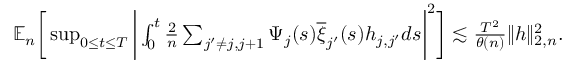
\begin{array} { r } { \mathbb { E } _ { n } \bigg [ \operatorname* { s u p } _ { 0 \le t \le T } \bigg | \int _ { 0 } ^ { t } \frac { 2 } { n } \sum _ { j ^ { \prime } \neq j , j + 1 } \Psi _ { j } ( s ) \overline { { \xi } } _ { j ^ { \prime } } ( s ) h _ { j , j ^ { \prime } } d s \bigg | ^ { 2 } \bigg ] \lesssim \frac { T ^ { 2 } } { \theta ( n ) } \| h \| _ { 2 , n } ^ { 2 } . } \end{array}